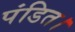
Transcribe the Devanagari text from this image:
पंडित।